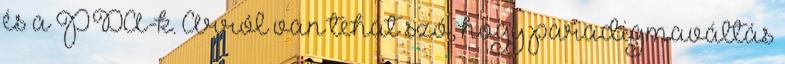
és a PDA-k. Arról van tehát szó, hogy paradigmaváltás